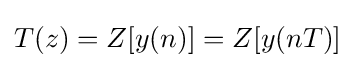
T(z)=Z[y(n)]=Z[y(nT)]